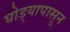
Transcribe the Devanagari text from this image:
घोड्यापासून